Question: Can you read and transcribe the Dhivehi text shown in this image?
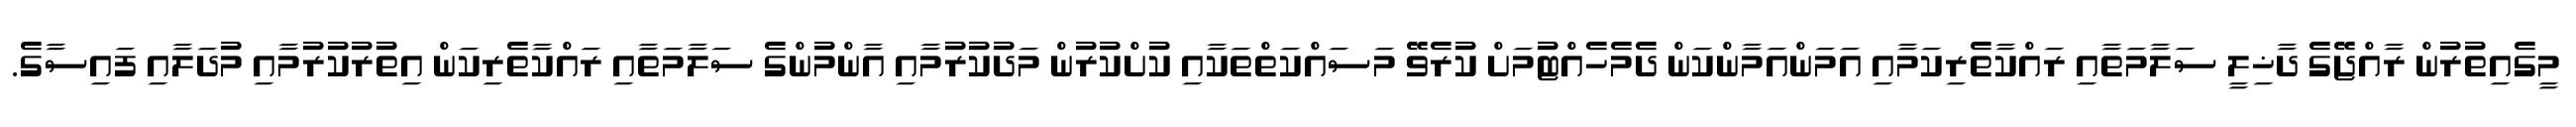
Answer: މީގެއިތުރުން ރާއްޖޭގެ ދާޚިލީ ސަލާމަތާއި ރައްކާތެރިކަމާއި އަމަންއަމާންކަން ދެމެހެއްޓުމަށް ކުރެވޭ މަސައްކަތްތަކާއި ކުށްކުރުން މަދުކުރުމާއި އާންމުންގެ ސަލާމަތާއި ރައްކާތެރިކަން އިތުރުކުރުމާއި މުދަލާއި ފައިސާގެ.